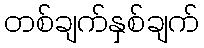
တစ်ချက်နှစ်ချက်